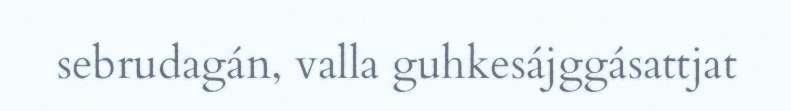
sebrudagán, valla guhkesájggásattjat